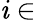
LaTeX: \mathit{i}\in